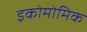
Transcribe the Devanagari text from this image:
इकोमोमिक